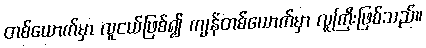
တစ်ယောက်မှာ လူငယ်ဖြစ်၍ ကျန်တစ်ယောက်မှာ လူကြီးဖြစ်သည်။